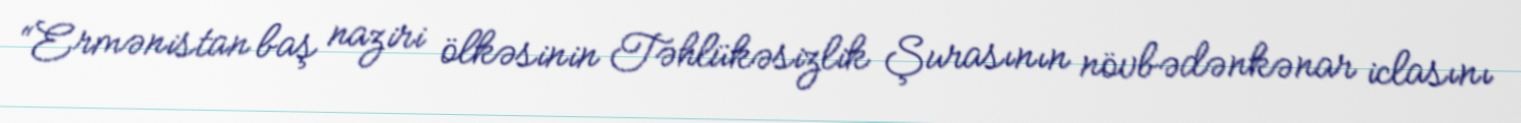
“Ermənistan baş naziri ölkəsinin Təhlükəsizlik Şurasının növbədənkənar iclasını